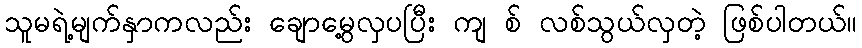
သူမရဲ့မျက်နှာကလည်း ချောမွေ့လှပပြီး ကျ စ် လစ်သွယ်လှတဲ့ ဖြစ်ပါတယ်။